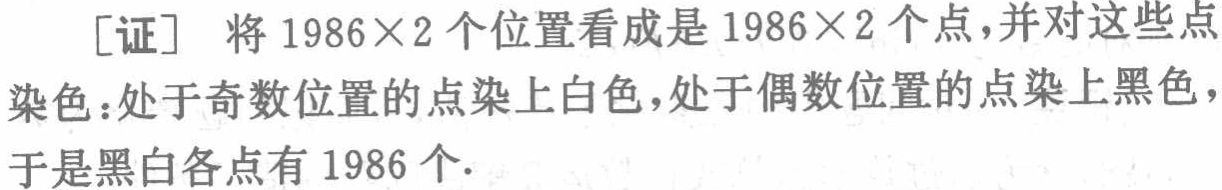
[证] 将 \(1986\times2\) 个位置看成是 \(1986\times2\) 个点，并对这些点染色：处于奇数位置的点染上白色，处于偶数位置的点染上黑色，于是黑白各点有 \(1986\) 个.